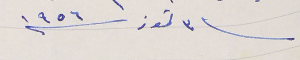
فى ٣ تموز سنة ١٩٥٦